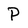
Character: P